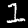
Digit: 1